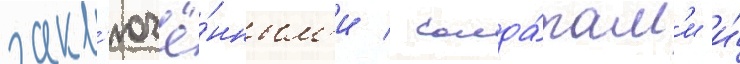
закл'ючё́нным'и / солда́там'и и́